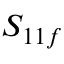
S _ { 1 1 f }